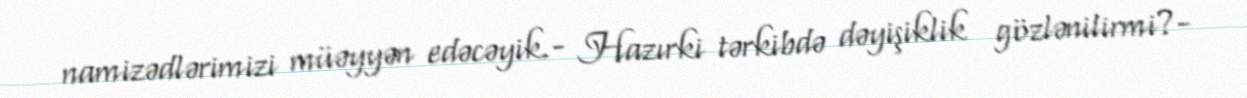
namizədlərimizi müəyyən edəcəyik.- Hazırki tərkibdə dəyişiklik gözlənilirmi?-